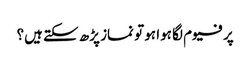
پرفیوم لگا ہوا ہو تو نماز پڑھ سکتے ہیں؟